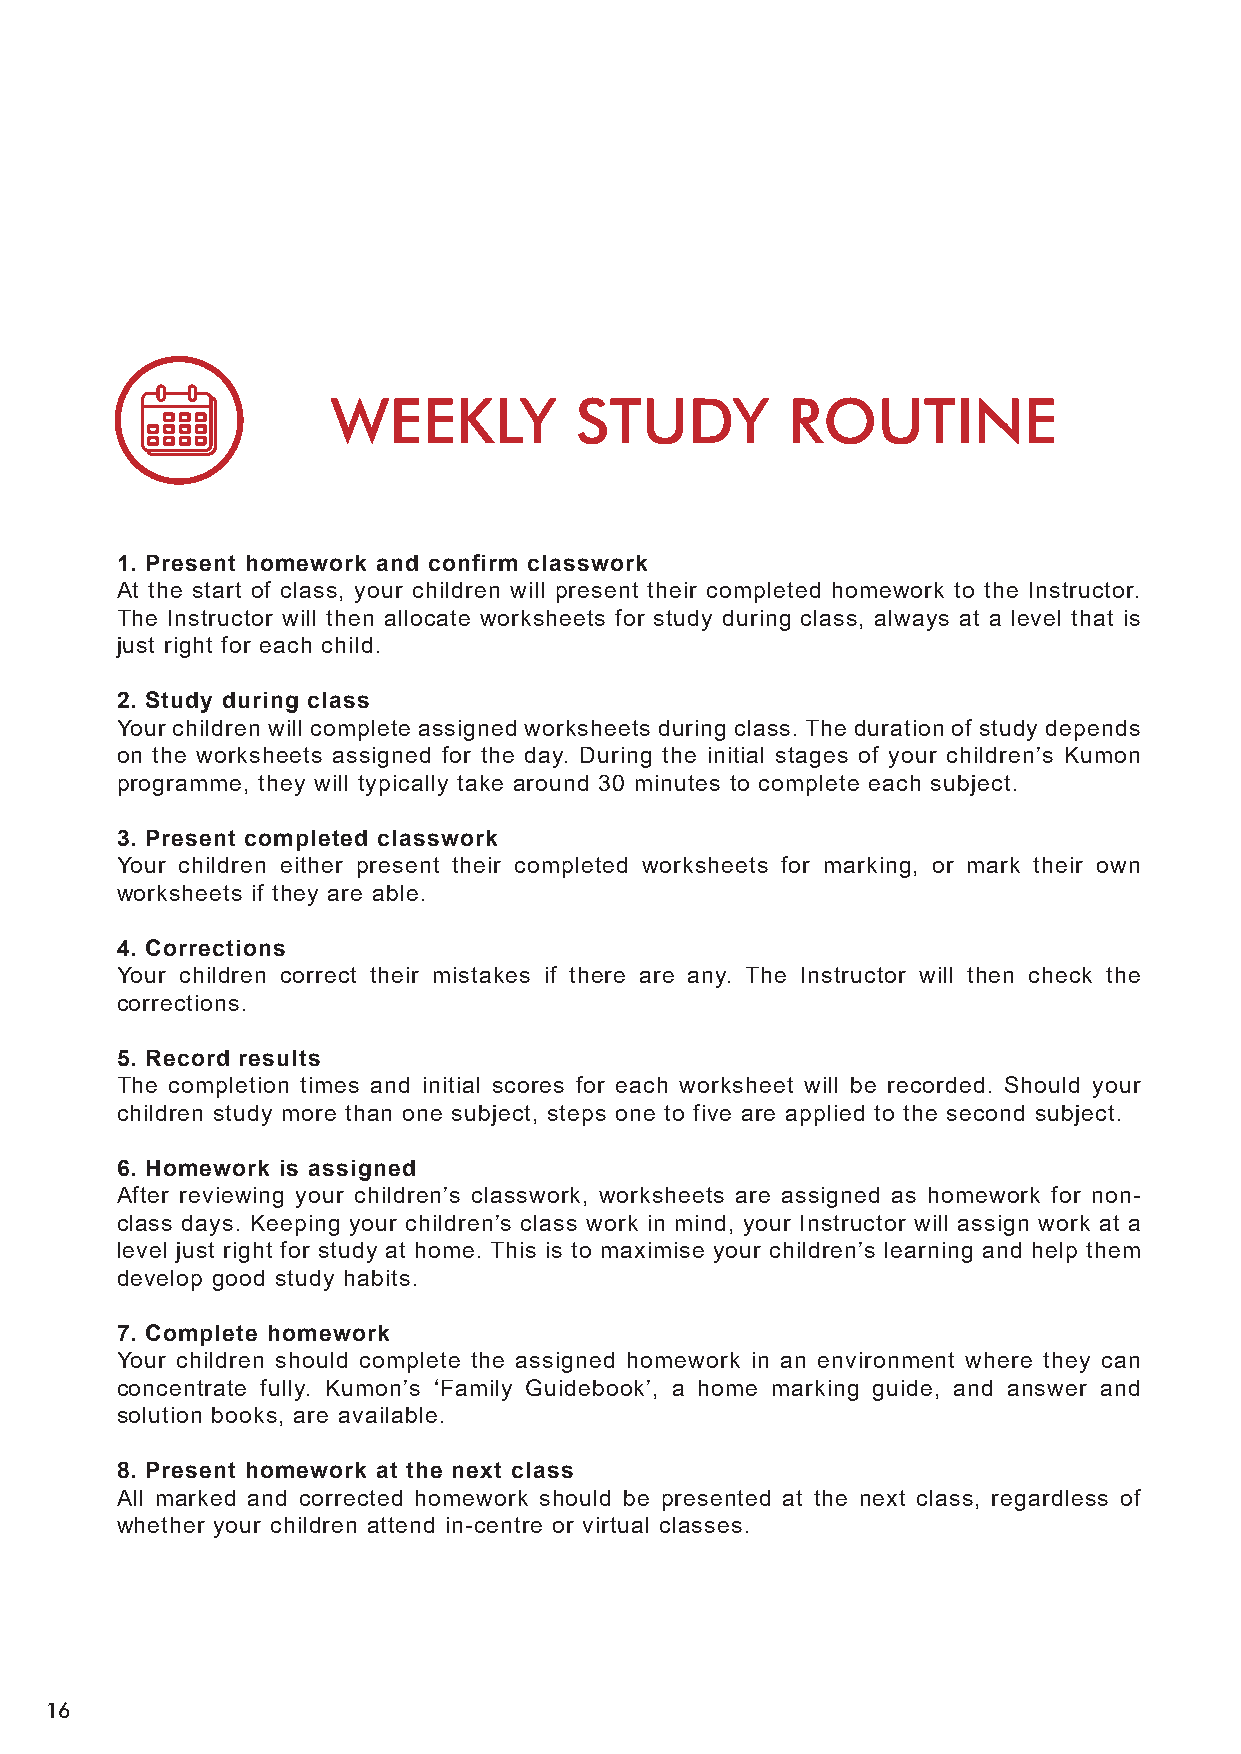
WEEKLY          STUDY         ROUTINE
 1. Present homework and confirm classwork
 At the start of class, your children will present their completed homework to the Instructor.
 The Instructor will then allocate worksheets for study during class, always at a level that is
 just right for each child.
 2. Study during class
 Your children will complete assigned worksheets during class. The duration of study depends
 on the worksheets assigned for the day. During the initial stages of your children’s Kumon
 programme, they will typically take around 30 minutes to complete each subject.
 3. Present completed classwork
 Your children either present their completed worksheets for marking, or mark their own
 worksheets if they are able.
 4. Corrections
 Your children correct their mistakes if there are any. The Instructor will then check the
 corrections.
 5. Record results
 The completion times and initial scores for each worksheet will be recorded. Should your
 children study more than one subject, steps one to five are applied to the second subject.
 6. Homework is assigned
 After reviewing your children’s classwork, worksheets are assigned as homework for non-
 class days. Keeping your children’s class work in mind, your Instructor will assign work at a
 level just right for study at home. This is to maximise your children’s learning and help them
 develop good study habits.
 7. Complete homework
 Your children should complete the assigned homework in an environment where they can
 concentrate fully. Kumon’s ‘Family Guidebook’, a home marking guide, and answer and
 solution books, are available.
 8. Present homework at the next class
 All marked and corrected homework should be presented at the next class, regardless of
 whether your children attend in-centre or virtual classes.
 16